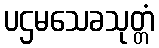
ပဌမသေခသုတ္တံ